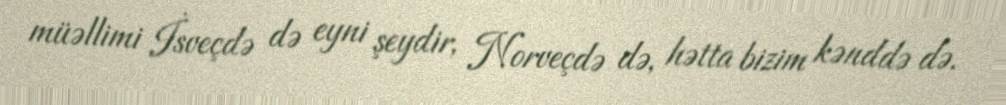
müəllimi İsveçdə də eyni şeydir, Norveçdə də, hətta bizim kənddə də.